Insane asylums in Bengal annual reports 1876-1887 - 1876-1887
Year: 1876
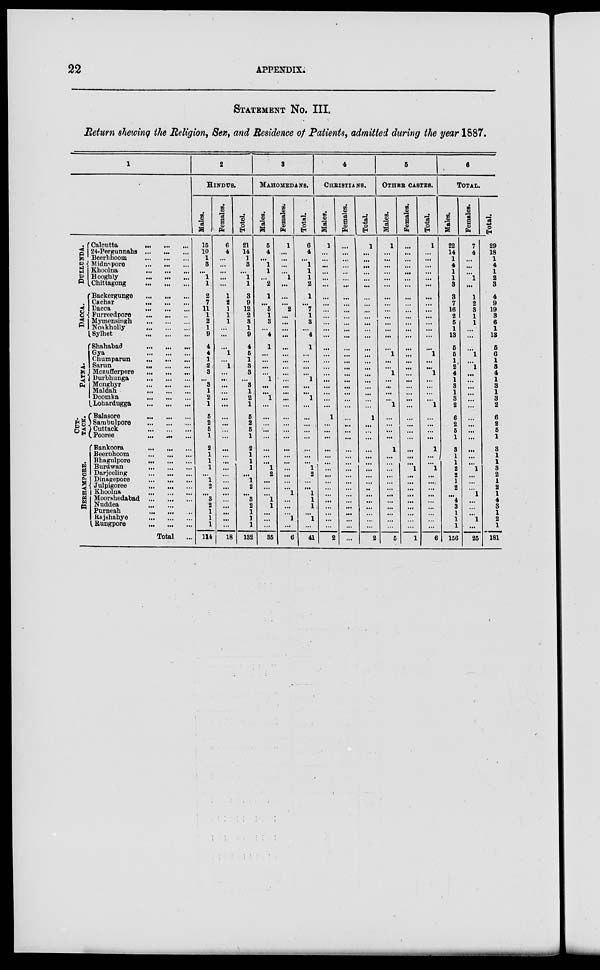
22
APPENDIX.
STATEMENT No. III.
Return showing the Religion, Sex, and Residence of Patients, admitted during the year 1887.
1
DULLUNDA.
DACCA.
PATNA.
CUT-
TACK.
BERHAMPORE.
Calcutta
...
...
...
24-Pergunnahs
...
...
...
Beerbhoom
...
...
...
Midnapore
...
...
...
Khoolna
...
...
...
Hooghly
...
...
...
Chittagong
...
...
...
Backergunge
...
...
...
Cachar
...
...
...
Dacca
...
...
...
Furreedpore
...
...
...
Mymensingh
...
...
...
Noakholly
...
...
...
Sylhet
...
...
...
Shahabad
...
...
...
Gya
...
...
...
Chumparun
...
...
...
Sarun
...
...
...
Mozufferpore
...
...
...
Durbhunga
...
...
...
Monghyr
...
...
...
Maldah
...
...
...
Doomka
...
...
...
Lohardugga
...
...
...
Balasore
...
...
...
Sambulpore
...
...
...
Cuttack
...
...
...
Pooree
... ... ...
Bankoora
...
...
...
Beerbhoom
...
...
...
Bhagulpore
...
...
...
Burdwan
...
...
...
Darjeeling
...
...
...
Dinagepore
...
...
...
Julpigoree
...
...
...
Khoolna
...
...
...
Moorahedabad
...
...
...
Nuddea
...
...
...
Purneah
...
...
...
Rajshahye
...
...
...
Rungpore
...
...
...
Total ...
2
HINDUS.
Males.
15
10
1
3
...
1
1
2
7
11
1
2
1
9
4
4
1
2
3
...
3
1
2
1
5
2
5
1
2
1
1
1
...
1
2
...
3
2
1
1
1
114
Females.
6
4
...
...
...
...
...
1
2
1
1
1
...
...
...
1
...
1
...
...
...
...
...
...
...
...
...
...
...
...
...
...
...
...
...
...
...
...
...
...
...
18
Total.
21
14
1
3
...
1
1
3
9
12
2
3
1
9
4
5
1
3
3
...
3
1
2
1
5
2
5
1
2
1
1
1
...
1
2
...
3
2
1
1
1
132
3
MAHOMEDANS.
Males.
5
4
...
1
1
...
2
1
...
5
1
3
...
4
1
...
...
...
...
1
...
...
1
...
...
...
...
...
...
...
...
1
2
...
...
... 1
1
...
...
...
35
Females.
1
...
...
...
...
1
...
...
...
2
...
...
...
...
...
...
...
...
...
...
...
...
...
...
...
...
...
...
...
...
...
...
...
...
...
1
...
...
...
1
...
6
Total.
6
4
...
1
1
1
2
1
...
7
1
3
...
4
1
...
...
...
...
1
...
...
1
...
...
...
...
...
...
...
...
1 2
...
...
1
1
1
...
1
...
41
4
CHRISTIANS.
Males.
1
...
...
...
...
...
...
...
...
...
...
...
...
...
...
...
...
...
...
...
...
...
...
...
1
...
...
...
...
...
...
...
...
...
...
...
...
...
...
...
...
2
Females.
...
...
...
...
...
...
...
...
...
...
...
...
...
...
...
...
...
...
...
...
...
...
...
...
...
...
...
...
...
...
...
...
...
...
...
...
...
...
...
...
...
...
Total.
1
...
...
...
...
...
...
...
...
...
...
...
...
...
...
...
...
...
...
...
...
...
...
...
1
...
...
...
...
...
...
...
...
...
...
...
...
...
...
...
...
2
5
OTHER CASTES.
Males.
1
...
...
...
...
...
...
...
...
...
...
...
...
...
...
1
...
...
1
...
...
...
...
1
...
...
...
...
1
...
...
...
...
...
...
...
...
...
...
...
...
5
Females.
...
...
...
...
...
...
...
...
...
...
...
...
...
...
...
...
...
...
...
...
...
...
...
...
...
...
...
...
...
...
...
1
...
...
...
...
...
...
...
...
...
1
Total.
1
...
...
...
...
...
...
...
...
...
...
...
...
...
...
1
...
...
1
...
...
...
...
1
...
...
...
...
1
...
...
1
...
...
...
...
...
...
...
...
...
6
6
TOTAL.
Males.
22
14
1
4
1
1
3
3
7
16
2
5
1
13
5
5
1
2
4
1
3
1
3
2
6
2
5
1
3
1
1
2
2
1
2
... 4
3
1
1
1
156
Females.
7
4
...
...
...
1
...
1
2
3
1
1
...
...
...
1
...
1
...
...
...
...
...
...
...
...
...
...
...
...
...
1
...
...
...
1
...
...
...
1
...
25
Total.
29
18
1
4
1
2
3
4
9
19
3
6
1
13
5
6
1
3
4
1
3
1
3
2
6
2
5
1
3
1
1
3
2
1
2
1
4
3
1
2
1
181